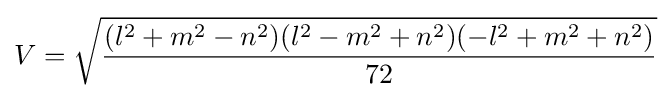
V={\sqrt {\frac {(l^{2}+m^{2}-n^{2})(l^{2}-m^{2}+n^{2})(-l^{2}+m^{2}+n^{2})}{72}}}